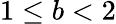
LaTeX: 1\leq b<2